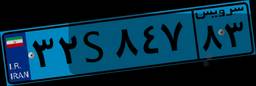
۳۲S۸۴۷۸۳